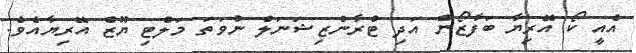
އެއީ ކޯ އޭރިޔާ ބަފާޒޯން އަދި ޓްރާންޒިޝަނަލް ނުވަތަ މަލްޓި ޔޫޒް އޭރިޔާއެވެ.